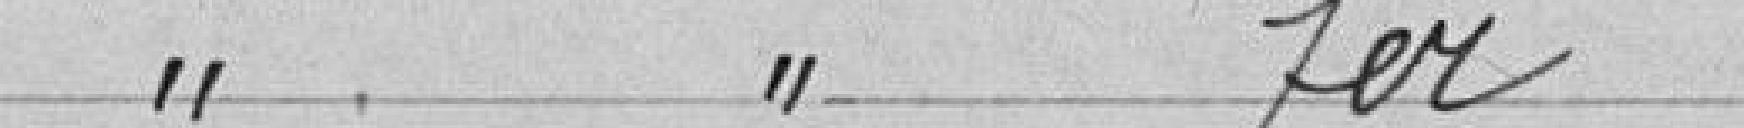
" " fer